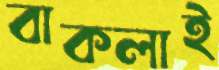
বাকলাই